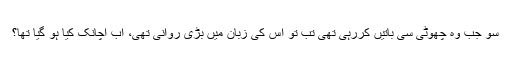
سو جب وہ چھوٹی سی باتیں کررہی تھی تب تو اس کی زبان میں بڑی روانی تھی، اب اچانک کیا ہو گیا تھا؟